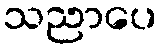
သညာပေ